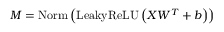
\begin{array} { r } { M = \mathrm { N o r m } \left( \mathrm { L e a k y R e L U } \left( X W ^ { T } + b \right) \right) } \end{array}